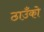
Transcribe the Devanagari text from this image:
ठाउँको